Some observations on the morphology and mechanism of the parts in the orthorrapha - Number 58
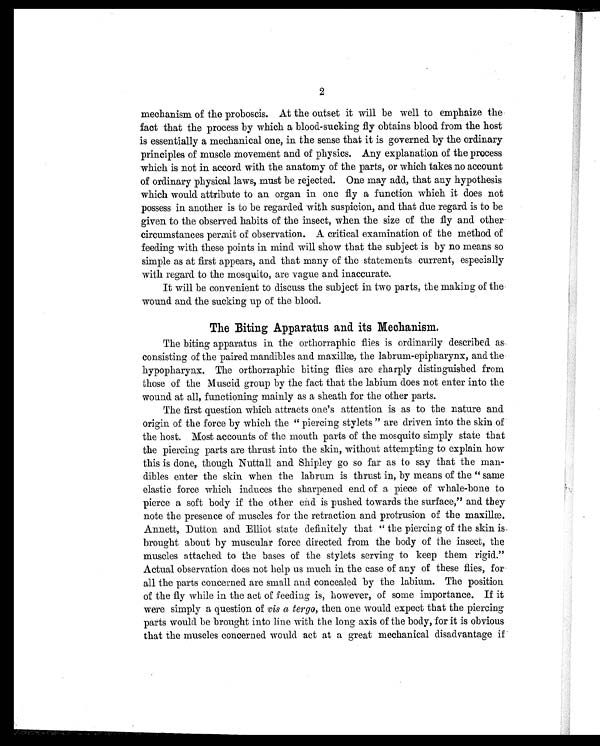
2
mechanism of the proboscis. At the outset it will be well to emphaize the
fact that the process by which a blood-sucking fly obtains blood from the host
is essentially a mechanical one, in the sense that it is governed by the ordinary
principles of muscle movement and of physics. Any explanation of the process
which is not in accord with the anatomy of the parts, or which takes no account
of ordinary physical laws, must be rejected. One may add, that any hypothesis
which would attribute to an organ in one fly a function which it does not
possess in another is to be regarded with suspicion, and that due regard is to be
given to the observed habits of the insect, when the size of the fly and other
circumstances permit of observation. A critical examination of the method of
feeding with these points in mind will show that the subject is by no means so
simple as at first appears, and that many of the statements current, especially
with regard to the mosquito, are vague and inaccurate.
It will be convenient to discuss the subject in two parts, the making of the
wound and the sucking up of the blood.
The Biting Apparatus and its Mechanism.
The biting apparatus in the orthorraphic flies is ordinarily described as
consisting of the paired mandibles and maxillæ, the labrum-epipharynx, and the
hypopharynx. The orthorraphic biting flies are sharply distinguished from
those of the Muscid group by the fact that the labium does not enter into the
wound at all, functioning mainly as a sheath for the other parts.
The first question which attracts one's attention is as to the nature and
origin of the force by which the " piercing stylets " are driven into the skin of
the host. Most accounts of the mouth parts of the mosquito simply state that
the piercing parts are thrust into the skin, without attempting to explain how
this is done, though Nuttall and Shipley go so far as to say that the man-
dibles enter the skin when the labrum is thrust in, by means of the " same
elastic force which induces the sharpened end of a piece of whale-bone to
pierce a soft body if the other end is pushed towards the surface," and they
note the presence of muscles for the retraction and protrusion of the maxillæ.
Annett, Dutton and Elliot state definitely that " the piercing of the skin is
brought about by muscular force directed from the body of the insect, the
muscles attached to the bases of the stylets serving to keep them rigid."
Actual observation does not help us much in the case of any of these flies, for
all the parts concerned are small and concealed by the labium. The position
of the fly while in the act of feeding is, however, of some importance. If it
were simply a question of vis a tergo, then one would expect that the piercing
parts would be brought into line with the long axis of the body, for it is obvious
that the muscles concerned would act at a great mechanical disadvantage if